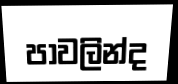
පාවලින්ද